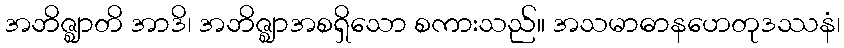
အဘိဇ္ဈာတိ အာဒိ၊ အဘိဇ္ဈာအစရှိသော စကားသည်။ အသမာဓာနဟေတုဒဿနံ၊